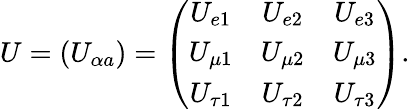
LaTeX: U=(U_{\alpha a})=\left(\begin{array}{ccc}{{U_{e1}}}&{{U_{e2}}}&{{U_{e3}}}\\ {{U_{\mu 1}}}&{{U_{\mu 2}}}&{{U_{\mu 3}}}\\ {{U_{\tau 1}}}&{{U_{\tau 2}}}&{{U_{\tau 3}}}\end{array}\right).